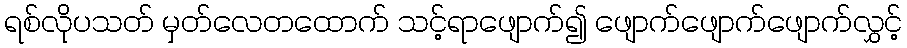
ရစ်လိုပသတ် မှတ်လေတထောက် သင့်ရာဖျောက်၍ ဖျောက်ဖျောက်ဖျောက်လွှင့်